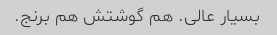
بسیار عالی. هم گوشتش هم برنج.